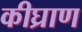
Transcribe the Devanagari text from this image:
कीघ्राण